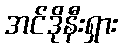
အင်ဒိုနီးရှား